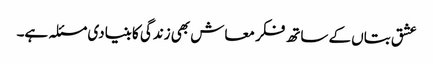
عشق بتاں کے ساتھ فکر معاش بھی زندگی کا بنیادی مسئلہ ہے۔